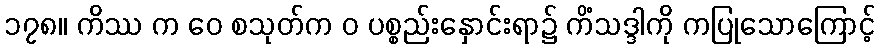
၁၇၈။ ကိဿ က ဝေ စသုတ်က ဝ ပစ္စည်းနှောင်းရာ၌ ကိံသဒ္ဒါကို ကပြုသောကြောင့်